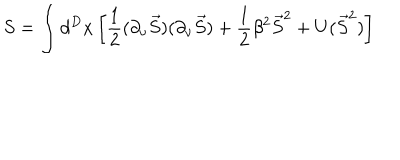
S = \int d ^ { D } x \left[ \frac 1 2 ( \partial _ { \nu } \vec { S } ) ( \partial _ { \nu } \vec { S } ) + \frac 1 2 \beta ^ { 2 } \vec { S } ^ { 2 } + U ( \vec { S } ^ { 2 } ) \right]